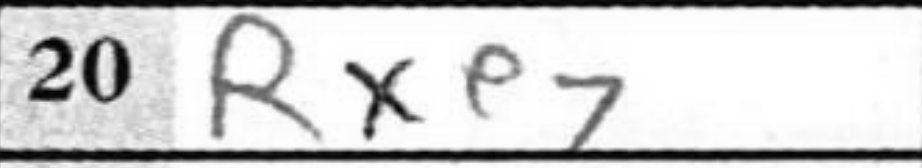
Transcription: Rxe7